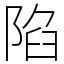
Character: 陷